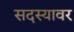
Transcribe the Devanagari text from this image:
सदस्यावर